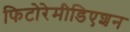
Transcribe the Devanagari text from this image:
फिटोरेमीडिएशन